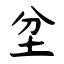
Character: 坌